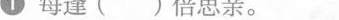
①每逢( )倍思亲。